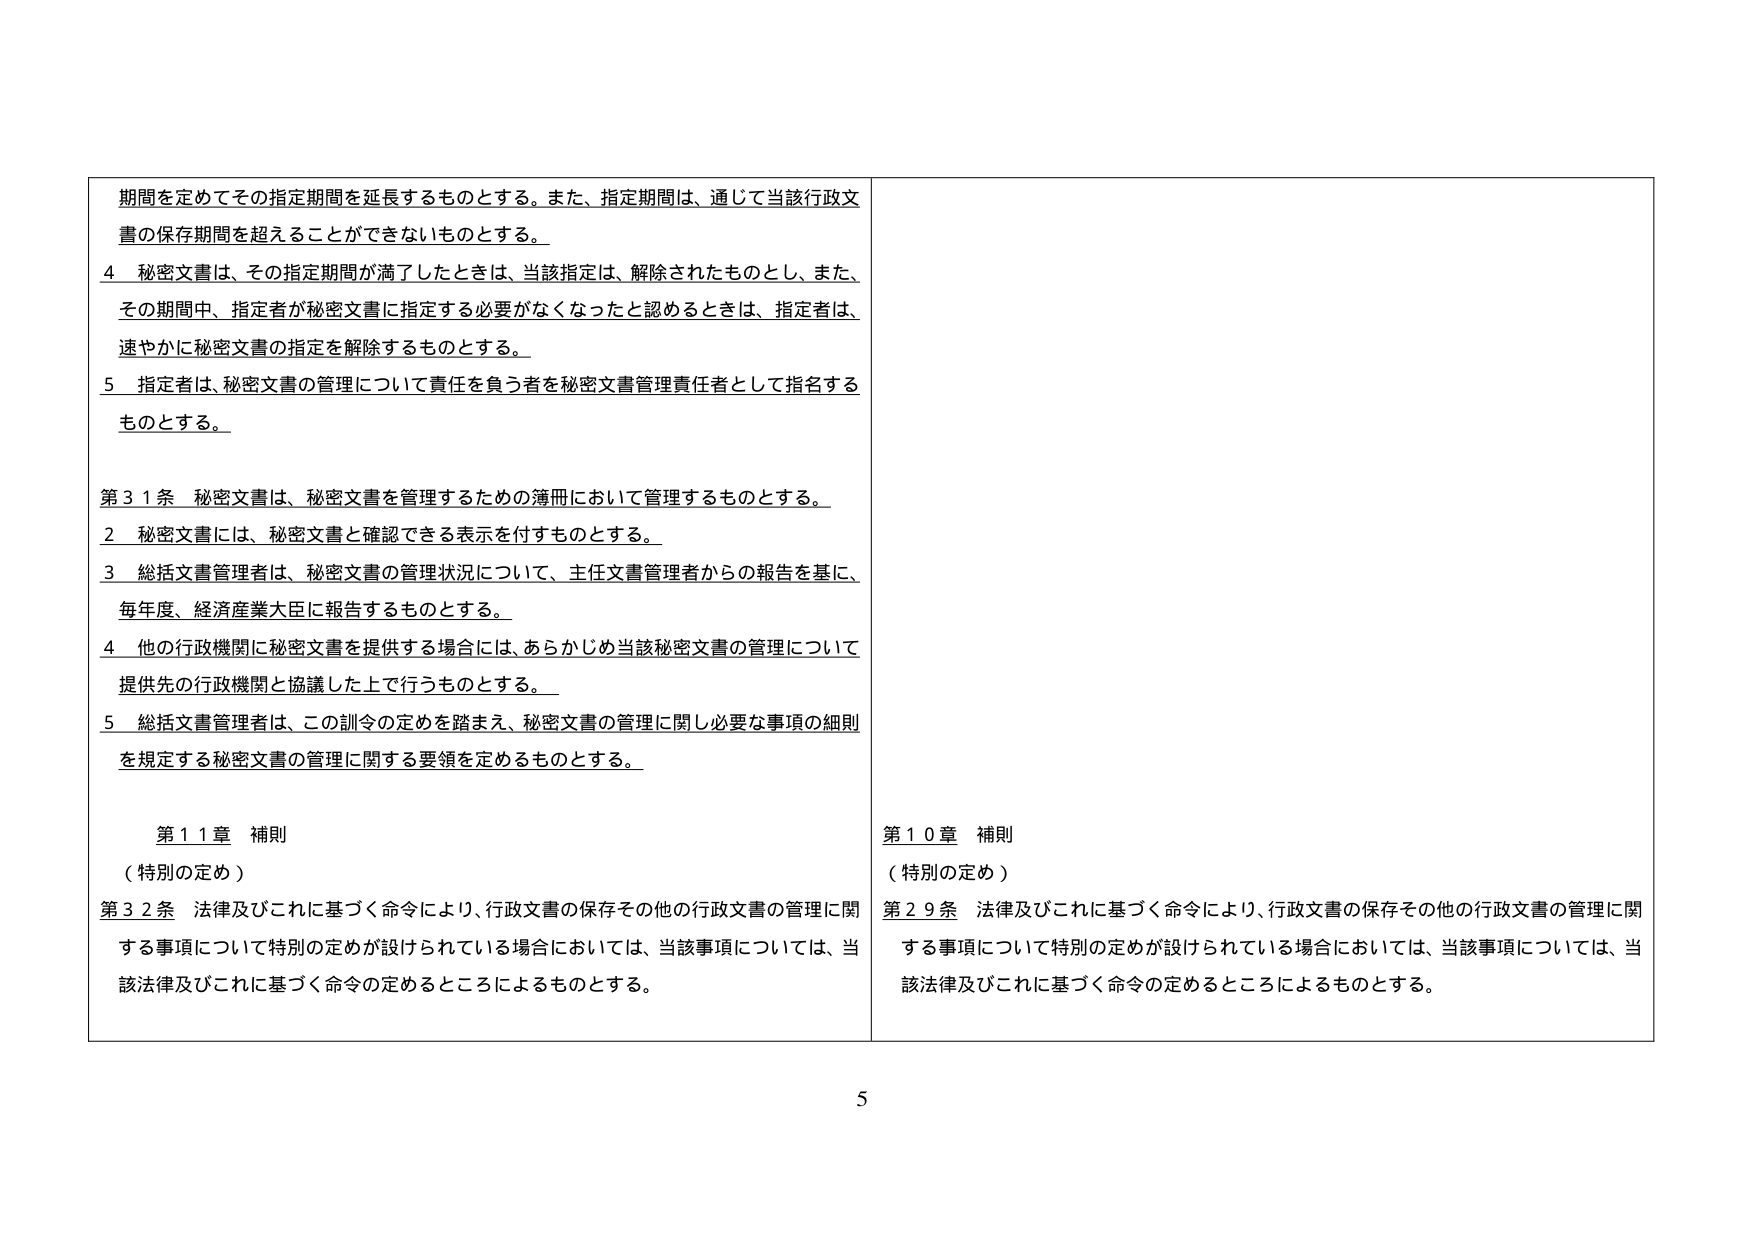
期間を定めてその指定期間を延長するものとする。また、指定期間は、通じて当該行政文書の保存期間を超えることができないものとする。

4 秘密文書は、その指定期間が満了したときは、当該指定は、解除されたものとし、また、その期間中、指定者が秘密文書に指定する必要がなくなったと認めるときは、指定者は、速やかに秘密文書の指定を解除するものとする。

5 指定者は、秘密文書の管理について責任を負う者を秘密文書管理責任者として指名するものとする。

第31条 秘密文書は、秘密文書を管理するための簿冊において管理するものとする。

2 秘密文書には、秘密文書と確認できる表示を付すものとする。

3 総括文書管理者は、秘密文書の管理状況について、主任文書管理者からの報告を基に、毎年度、経済産業大臣に報告するものとする。

4 他の行政機関に秘密文書を提供する場合には、あらかじめ当該秘密文書の管理について提供先の行政機関と協議した上で行うものとする。

5 総括文書管理者は、この訓令の定めを踏まえ、秘密文書の管理に関し必要な事項の細則を規定する秘密文書の管理に関する要領を定めるものとする。

第11章 補則
（特別の定め）
第32条 法律及びこれに基づく命令により、行政文書の保存その他の行政文書の管理に関する事項について特別の定めが設けられている場合においては、当該事項については、当該法律及びこれに基づく命令の定めるところによるものとする。

第10章 補則
（特別の定め）
第29条 法律及びこれに基づく命令により、行政文書の保存その他の行政文書の管理に関する事項について特別の定めが設けられている場合においては、当該事項については、当該法律及びこれに基づく命令の定めるところによるものとする。

5